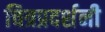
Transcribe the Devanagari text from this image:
चित्रप्रदर्शनी